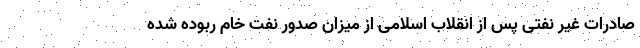
صادرات غیر نفتی پس از انقلاب اسلامی از میزان صدور نفت خام ربوده شده